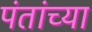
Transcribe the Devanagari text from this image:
पंतांच्या